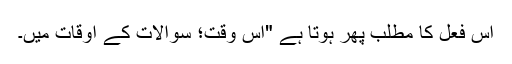
اس فعل کا مطلب پھر ہوتا ہے "اس وقت؛ سوالات کے اوقات میں۔